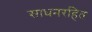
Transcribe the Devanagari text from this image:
साधनरहित